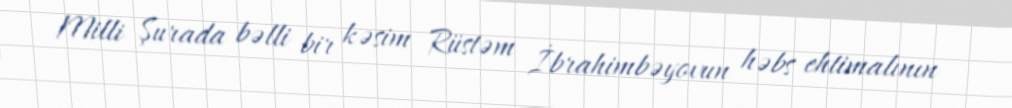
Milli Şurada bəlli bir kəsim Rüstəm İbrahimbəyovun həbs ehtimalının